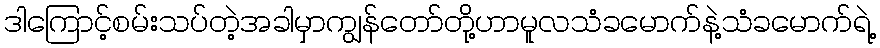
ဒါကြောင့်စမ်းသပ်တဲ့အခါမှာကျွန်တော်တို့ဟာမူလသံခမောက်နဲ့သံခမောက်ရဲ့